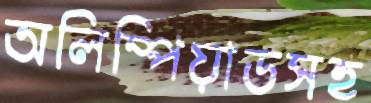
অলিম্পিয়াডসহ